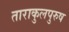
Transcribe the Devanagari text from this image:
ताराकुलपुरुष